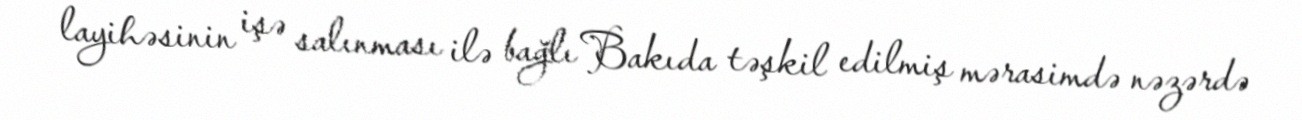
layihəsinin işə salınması ilə bağlı Bakıda təşkil edilmiş mərasimdə nəzərdə